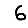
Digit: 6